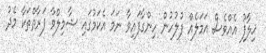
ޚިލާފު އެއްވެސް އަމަލެއް ފުލުހުން ހިންގާފައިވާ ނަމަ އެކަމުގައި ޝާމިލްވާ ފަރާތްތަކާ މެދު